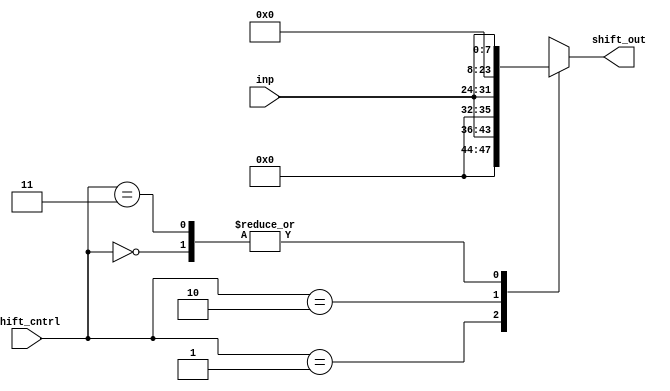
module shifter (
input [7:0]inp ,
input [1:0]shift_cntrl,
output reg [15:0] shift_out
);

always @(*)
begin
  case(shift_cntrl)
    2'b00 : shift_out = inp ;
    2'b01 : shift_out = {inp , {4{1'b0}}} ; 
    2'b10 : shift_out = {inp , 8'b0} ;
    2'b11 : shift_out = inp ;
  endcase
end
endmodule